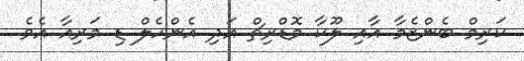
ކަރިމް ބެންޒެމާ އާއި ލޫކާ މޮޑްރިޗް އަދި އެންހެލް ޑި މަރިއާ އެވެ.